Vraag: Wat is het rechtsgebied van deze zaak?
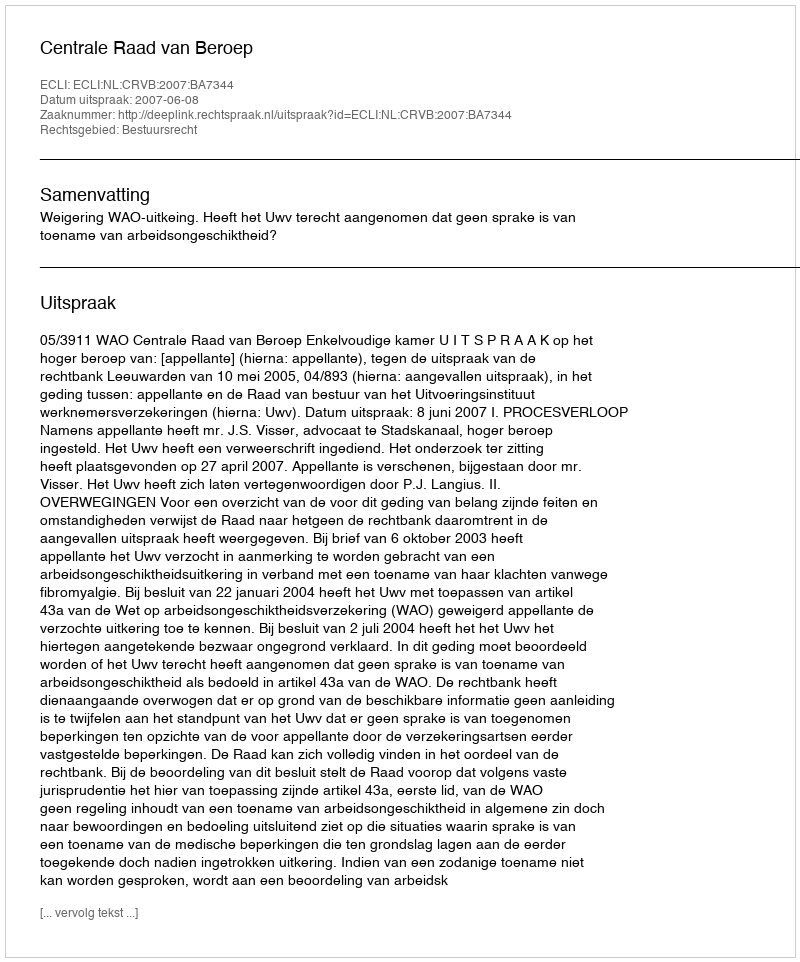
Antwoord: Bestuursrecht